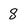
Character: 8